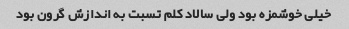
خیلی خوشمزه بود ولی سالاد کلم تسبت به اندازش گرون بود